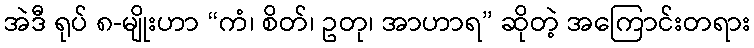
အဲဒီ ရုပ် ၈-မျိုးဟာ “ကံ၊ စိတ်၊ ဥတု၊ အာဟာရ” ဆိုတဲ့ အကြောင်းတရား